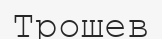
Трошев